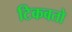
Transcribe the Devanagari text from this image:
टिकवतो